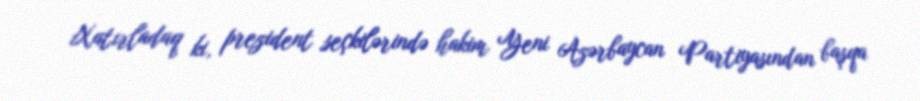
Xatırladaq ki, prezident seçkilərində hakim Yeni Azərbaycan Partiyasından başqa